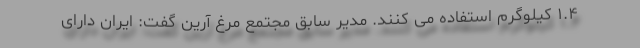
۱.۴ کیلوگرم استفاده می کنند. مدیر سابق مجتمع مرغ آرین گفت: ایران دارای